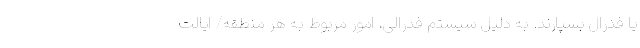
یا فدرال بسپارند. به دلیل سیستم فدرالی، امور مربوط به هر منطقه/ ایالت